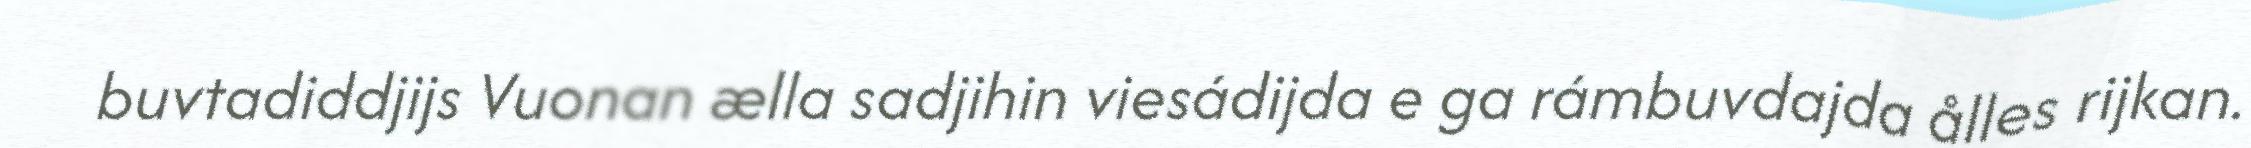
buvtadiddjijs Vuonan ælla sadjihin viesádijda e ga rámbuvdajda ålles rijkan.